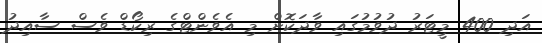
އަދި 400 މީޓަރު ދުވުމުގައި ވާދަކޮށް މި އެވެންޓްގެ ރިކޯޑް ވެސް ސާއިދު